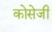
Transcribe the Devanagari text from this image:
कोसेजी